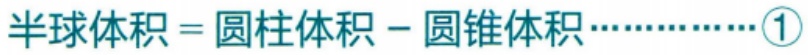
半球体积 = 圆柱体积 - 圆锥体积…………\textcircled{1}